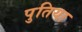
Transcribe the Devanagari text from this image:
पुतिया